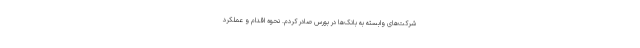
شرکت‌های وابسته به بانک‌ها در بورس صادر کردم. نحوه اقدام و عملکرد